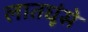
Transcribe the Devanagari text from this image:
लातघूंसे